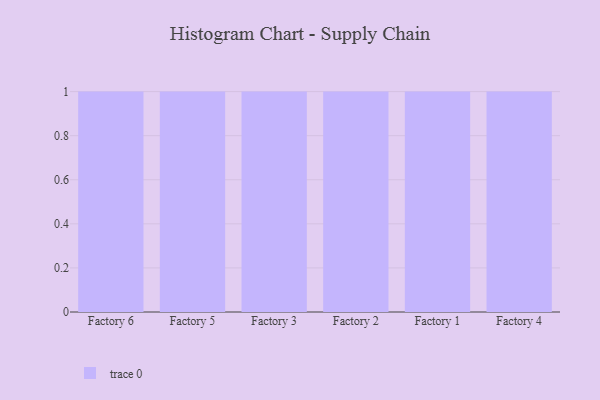
{"axis": {"x": "Factory", "y": "Energy Usage (MWh)"}, "legend": [""], "data": [{"x": "Factory 6", "y": 63, "type": ""}, {"x": "Factory 5", "y": 63, "type": ""}, {"x": "Factory 3", "y": 4, "type": ""}, {"x": "Factory 2", "y": 23, "type": ""}, {"x": "Factory 1", "y": 34, "type": ""}, {"x": "Factory 4", "y": 38, "type": ""}]}